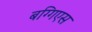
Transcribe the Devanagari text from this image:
बग्गिएस